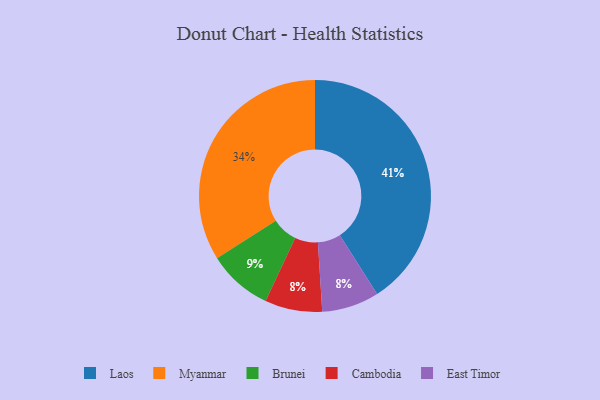
{"axis": {"x": "Category", "y": "Percentage"}, "legend": ["Brunei", "Cambodia", "East Timor", "Laos", "Myanmar"], "data": [{"x": "Cambodia", "y": 8, "type": "Cambodia"}, {"x": "Brunei", "y": 9, "type": "Brunei"}, {"x": "East Timor", "y": 8, "type": "East Timor"}, {"x": "Myanmar", "y": 34, "type": "Myanmar"}, {"x": "Laos", "y": 41, "type": "Laos"}]}